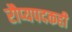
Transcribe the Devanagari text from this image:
रौप्यपदकही